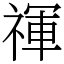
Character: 禈